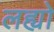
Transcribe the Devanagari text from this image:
लह्यो